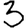
Digit: 3